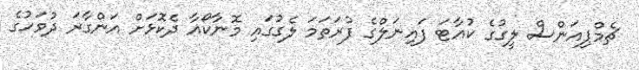
ޗެމްޕިއަންސް ލީގުގެ ކުއާޓަ ފައިނަލްގެ ފުރަތަމަ ލެގުގައި މޮނާކޯއާ ދެކޮޅަށް އަންގާރަ ދުވަހުގެ